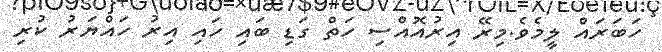
ހަބަރައް ލީމެވެ.މިރޭ އިރުއޮއްސި ހަތް ގަޑި ބައި ހައި އިރު ހައްޔަރު ކުރި